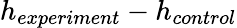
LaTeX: h_{experiment}-h_{control}